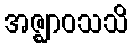
အဇ္ဈာဝသသိ